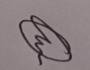
Signature authenticity: genuine